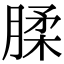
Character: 腬